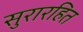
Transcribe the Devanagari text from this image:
सुरारहित